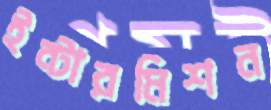
ইন্টারমিশন